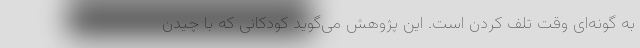
به گونه‌ای وقت تلف کردن است. این پژوهش می‌گوید کودکانی که با چیدن